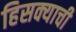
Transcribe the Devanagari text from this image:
हिसक्याची